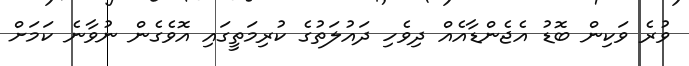
ވުރެ ވަކިން ބޮޑު އެޖެންޑާއެއް ދިވެހި ދައުލަތުގެ ކުރިމަތީގައި އޮވެގެން ނުވާނެ ކަމަށް